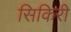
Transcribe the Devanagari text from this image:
सिकिरी